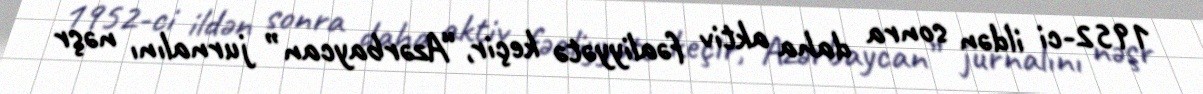
1952-ci ildən sonra daha aktiv fəaliyyətə keçir, “Azərbaycan” jurnalını nəşr